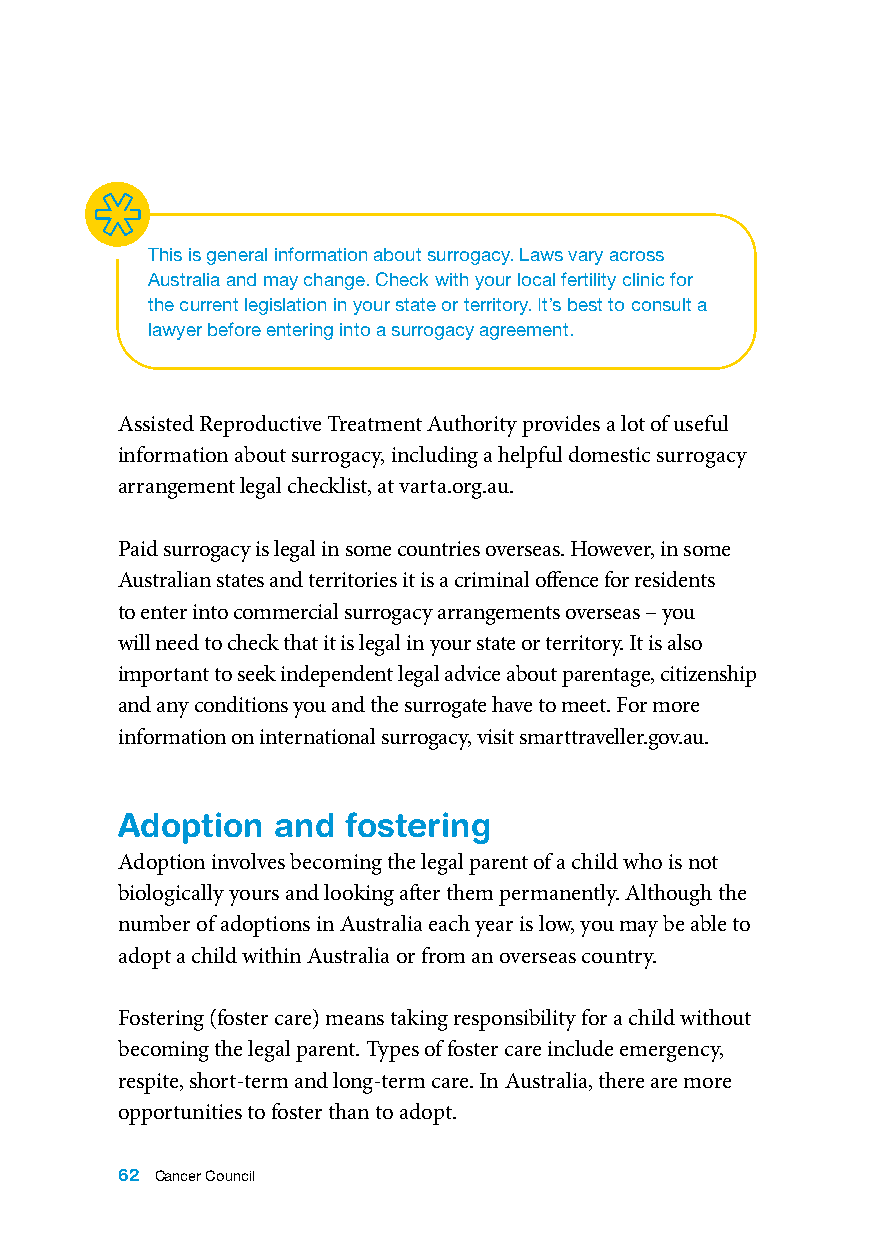
This is general information about surrogacy. Laws vary across
 Australia and may change. Check with your local fertility clinic for
 the current legislation in your state or territory. It’s best to consult a
 lawyer before entering into a surrogacy agreement.
 Assisted Reproductive Treatment Authority provides a lot of useful
 information about surrogacy, including a helpful domestic surrogacy
 arrangement legal checklist, at varta.org.au.
 Paid surrogacy is legal in some countries overseas. However, in some
 Australian states and territories it is a criminal offence for residents
 to enter into commercial surrogacy arrangements overseas – you
 will need to check that it is legal in your state or territory. It is also
 important to seek independent legal advice about parentage, citizenship
 and any conditions you and the surrogate have to meet. For more
 information on international surrogacy, visit smarttraveller.gov.au.
 Adoption  and  fostering
 Adoption involves becoming the legal parent of a child who is not
 biologically yours and looking after them permanently. Although the
 number of adoptions in Australia each year is low, you may be able to
 adopt a child within Australia or from an overseas country.
 Fostering (foster care) means taking responsibility for a child without
 becoming the legal parent. Types of foster care include emergency,
 respite, short-term and long-term care. In Australia, there are more
 opportunities to foster than to adopt.
 62 Cancer Council